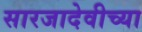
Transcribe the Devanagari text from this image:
सारजादेवीच्या